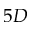
5 D